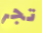
تجر